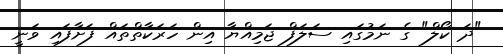
"ދަ ކޯލް" ގެ ނަމުގައި ސަލަފް ޖަމިއްޔާ އިން ހަރަކާތްތައް ފަށާފައި ވަނީ